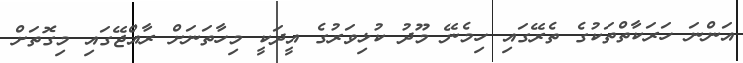
އަންނަ ހަރަކާތްތަކުގެ ތެރޭގައި ހިމެނޭ މޫދު ކުޅިވަރުގެ އީދަކީ މިހާތަނަށް ރާއްޖޭގައި މިގޮތަށް